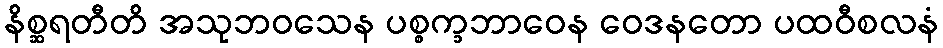
နိစ္ဆရတီတိ အသုဘဝသေန ပစ္စက္ခဘာဝေန ဝေဒနတော ပထဝီစလနံ